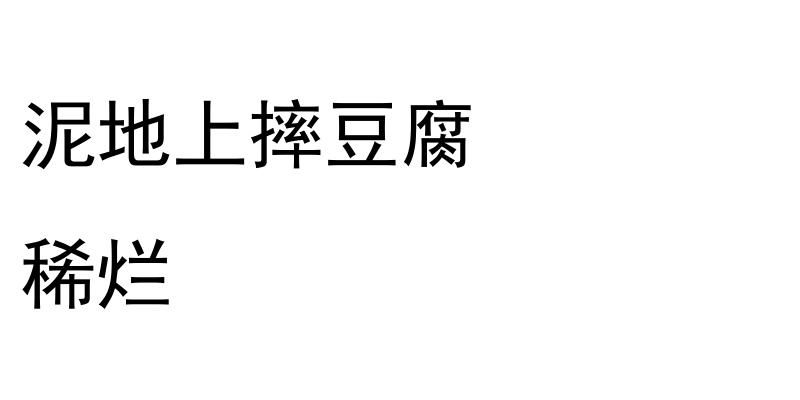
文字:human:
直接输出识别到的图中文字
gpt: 泥地上摔豆腐 稀烂